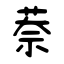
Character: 萘